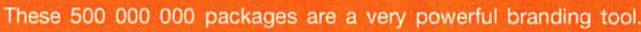
These 500 000 000 packages are a very powerful branding tool.